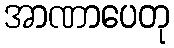
အာဏာပေတု